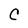
Character: C